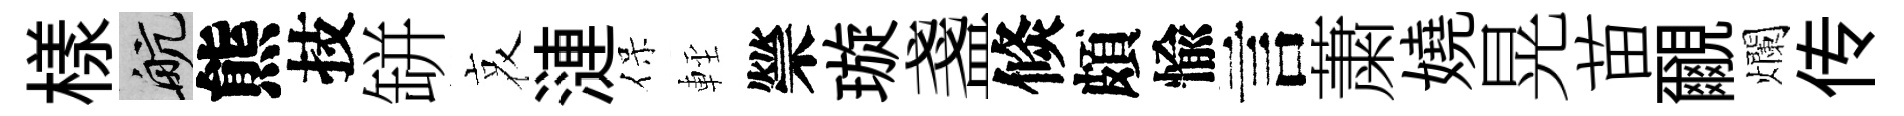
樣航熊技缾哀漣保䡖禜璇盞倐頗愉言䔥嬈晃苗覼爛传